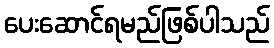
ပေးဆောင်ရမည်ဖြစ်ပါသည်